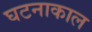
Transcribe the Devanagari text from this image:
घटनाकाल